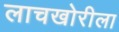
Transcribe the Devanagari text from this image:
लाचखोरीला